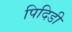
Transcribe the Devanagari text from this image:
पिदिडी